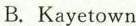
B. Kayetown